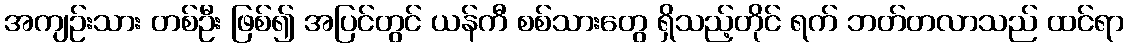
အကျဉ်းသား တစ်ဦး ဖြစ်၍ အပြင်တွင် ယန်ကီ စစ်သားတွေ ရှိသည့်တိုင် ရက် ဘတ်တလာသည် ထင်ရာ